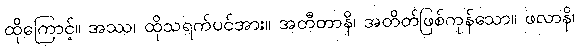
ထိုကြောင့်။ အဿ၊ ထိုသရက်ပင်အား။ အတီတာနိ၊ အတိတ်ဖြစ်ကုန်သော။ ဖလာနိ၊